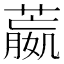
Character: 𦻯